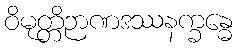
ဝိမုတ္တိဉာဏဒဿနက္ခန္ဓေ